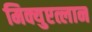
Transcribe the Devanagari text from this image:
मिक्युएत्लान